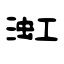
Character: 渱